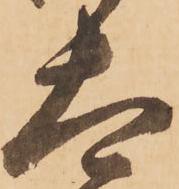
太